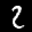
Label: 2